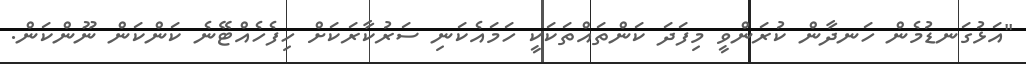
"އަޅުގަނޑުމެން ހަނދާން ކުރަންވީ މިފަދަ ކަންތައްތަކަކީ ހަމައެކަނި ސަރުކާރަކަށް ހިފެހެއްޓޭނެ ކަންކަން ނޫންކަން.